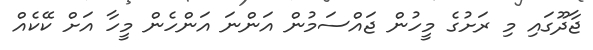
ޖާދޫގައި މި ރަށުގެ މީހުން ޖައްސަމުން އަންނަ އަންހެން މީހާ އަށް ކޭކެއް